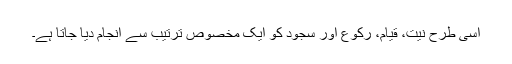
اسی طرح نیت، قیام، رکوع اور سجود کو ایک مخصوص ترتیب سے انجام دیا جاتا ہے۔